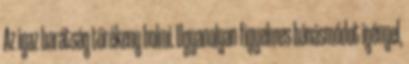
Az igaz barátság törékeny holmi. Ugyanolyan figyelmes bánásmódot igényel,